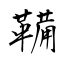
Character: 鞴